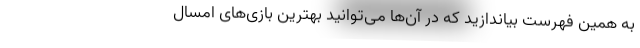
به همین فهرست بیاندازید که در آن‌ها می‌توانید بهترین بازی‌های امسال